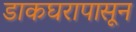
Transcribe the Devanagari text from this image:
डाकघरापासून